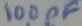
Text: 100pF